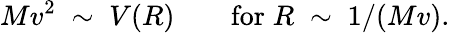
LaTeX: Mv^{2}\; \sim\; V(R)\qquad\mathrm{for}\; R\; \sim\; 1/(Mv).